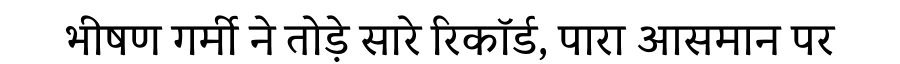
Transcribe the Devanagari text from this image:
भीषण गर्मी ने तोड़े सारे रिकॉर्ड, पारा आसमान पर